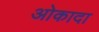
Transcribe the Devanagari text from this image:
ओकादा